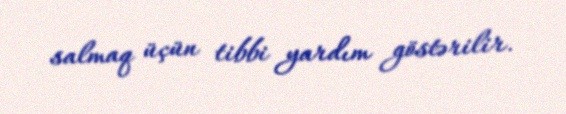
salmaq üçün tibbi yardım göstərilir.